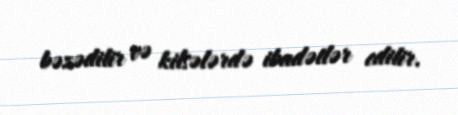
bəzədilir və kilsələrdə ibadətlər edilir.